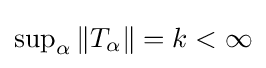
\sup \nolimits _{\alpha }\|T_{\alpha }\|=k<\infty